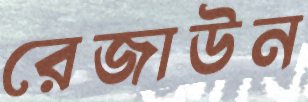
রেজাউন